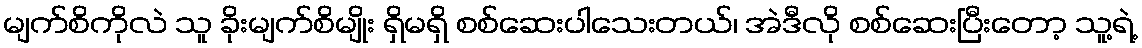
မျက်စိကိုလဲ သူ ခိုးမျက်စိမျိုး ရှိမရှိ စစ်ဆေးပါသေးတယ်၊ အဲဒီလို စစ်ဆေးပြီးတော့ သူ့ရဲ့